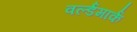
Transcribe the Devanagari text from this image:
वर्ल्डमार्क